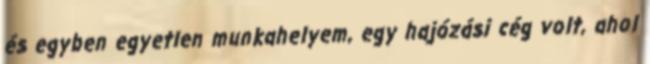
és egyben egyetlen munkahelyem, egy hajózási cég volt, ahol